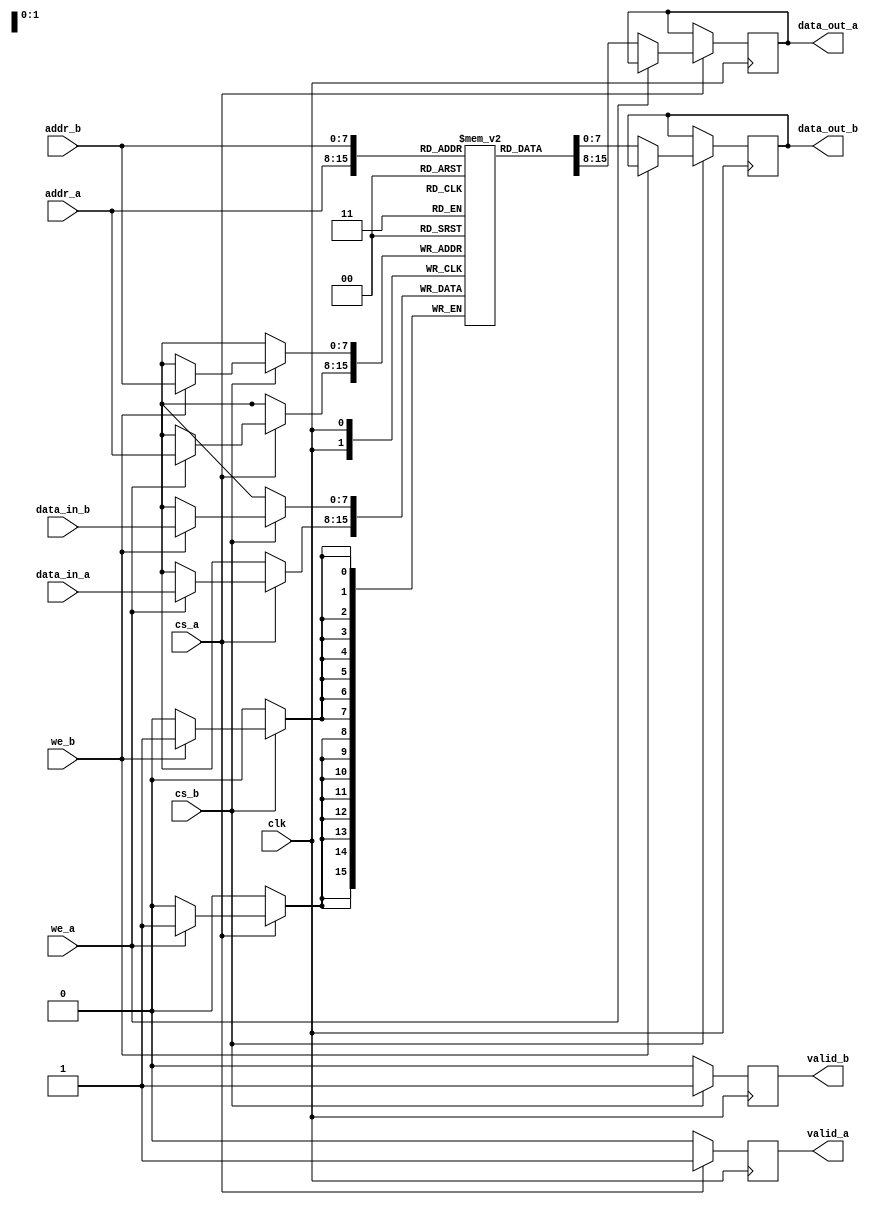
module MPSRAM #(
    parameter DATA_WIDTH = 8,
    parameter ADDR_WIDTH = 8,
    parameter MEM_SIZE = 1 << ADDR_WIDTH // Memory size based on address width
)(
    input wire clk,
    input wire [ADDR_WIDTH-1:0] addr_a, // Address for Port A
    input wire [ADDR_WIDTH-1:0] addr_b, // Address for Port B
    input wire [DATA_WIDTH-1:0] data_in_a, // Data input for Port A
    input wire [DATA_WIDTH-1:0] data_in_b, // Data input for Port B
    input wire we_a, // Write enable for Port A
    input wire we_b, // Write enable for Port B
    input wire cs_a, // Chip select for Port A
    input wire cs_b, // Chip select for Port B
    output reg [DATA_WIDTH-1:0] data_out_a, // Data output for Port A
    output reg [DATA_WIDTH-1:0] data_out_b, // Data output for Port B
    output reg valid_a, // Valid signal for Port A
    output reg valid_b // Valid signal for Port B
);

    // Memory array declaration
    reg [DATA_WIDTH-1:0] memory [0:MEM_SIZE-1];

    // Port A operations
    always @(posedge clk) begin
        if (cs_a) begin
            if (we_a) begin
                // Write operation for Port A
                memory[addr_a] <= data_in_a;
                valid_a <= 1'b1; // Indicate write acknowledge
            end else begin
                // Read operation for Port A
                data_out_a <= memory[addr_a];
                valid_a <= 1'b1; // Indicate valid data present
            end
        end else begin
            valid_a <= 1'b0; // Chip select not active
        end
    end

    // Port B operations
    always @(posedge clk) begin
        if (cs_b) begin
            if (we_b) begin
                // Write operation for Port B
                memory[addr_b] <= data_in_b;
                valid_b <= 1'b1; // Indicate write acknowledge
            end else begin
                // Read operation for Port B
                data_out_b <= memory[addr_b];
                valid_b <= 1'b1; // Indicate valid data present
            end
        end else begin
            valid_b <= 1'b0; // Chip select not active
        end
    end

endmodule